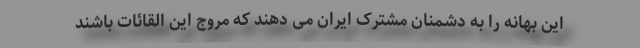
این بهانه را به دشمنان مشترک ایران می دهند که مروج این القائات باشند